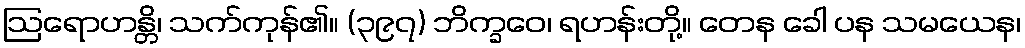
ဩရောဟန္တိ၊ သက်ကုန်၏။ (၃၉၇) ဘိက္ခဝေ၊ ရဟန်းတို့။ တေန ခေါ ပန သမယေန၊